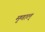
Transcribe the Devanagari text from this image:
मृणाल्